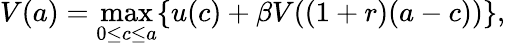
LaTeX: V(a)=\operatorname*{max}_{0\leq c\leq a}\{ u(c)+\beta V((1+r)(a-c))\} ,